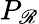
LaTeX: P_{\mathscr{R}}